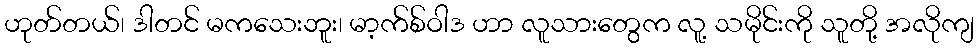
ဟုတ်တယ်၊ ဒါတင် မကသေးဘူး၊ မာ့က်စ်ဝါဒ ဟာ လူသားတွေက လူ့ သမိုင်းကို သူတို့ အလိုကျ